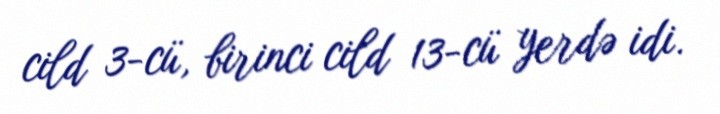
cild 3-cü, birinci cild 13-cü yerdə idi.